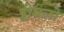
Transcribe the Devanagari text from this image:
ड्डीमलो